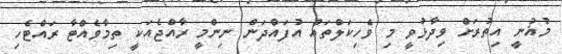
މުޣުނީ އިތުރަށް ވިދާޅުވީ މި ވެހިކަލްތައް އުފައްދަން ނިންމީ ރާއްޖެއަކީ ތިމާވެއްޓާ ރައްޓެހި